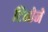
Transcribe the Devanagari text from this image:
टिमोने